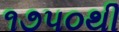
૧૭૫૦થી